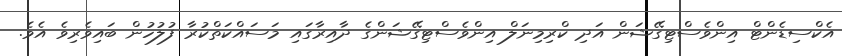
އެކްސިޑެންޓް އިންވެސްޓިގޭޝަން އަދި ކްރިމިނަލް އިންވެސްޓިގޭޝަންގެ ދާއިރާގައި މަސައްކަތްކުރާ ފުލުހުން ބައިވެރިވެ އެވެ.